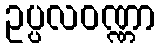
ဥပ္ပလဝဏ္ဏာ